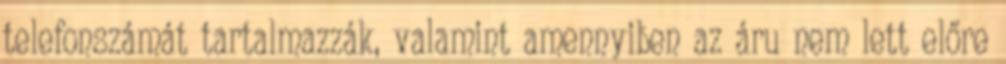
telefonszámát tartalmazzák, valamint amennyiben az áru nem lett előre